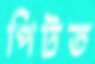
পিটত